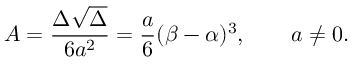
A = { \frac { \Delta { \sqrt { \Delta } } } { 6 a ^ { 2 } } } = { \frac { a } { 6 } } ( \beta - \alpha ) ^ { 3 } , \qquad a \neq 0 .